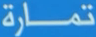
تممارة